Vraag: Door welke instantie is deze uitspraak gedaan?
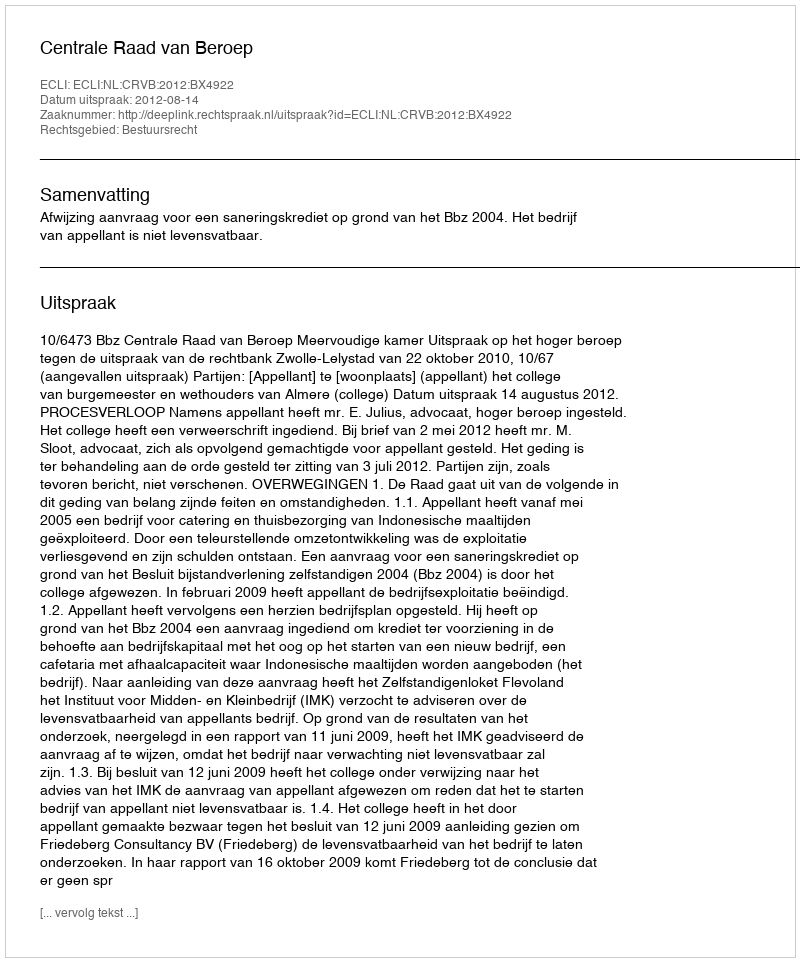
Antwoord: Centrale Raad van Beroep